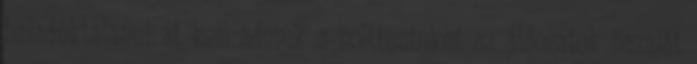
haladéktalanul át kell adniuk a holttesteket az áldozatok hazáját